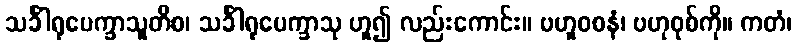
သင်္ခါရုပေက္ခာသူတိစ၊ သင်္ခါရုပေက္ခာသု ဟူ၍ လည်းကောင်း။ ဗဟူဝစနံ၊ ဗဟုဝုစ်ကို။ ကတံ၊